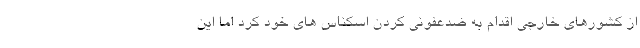
از کشورهای خارجی اقدام به ضدعفونی کردن اسکناس های خود کرد اما این